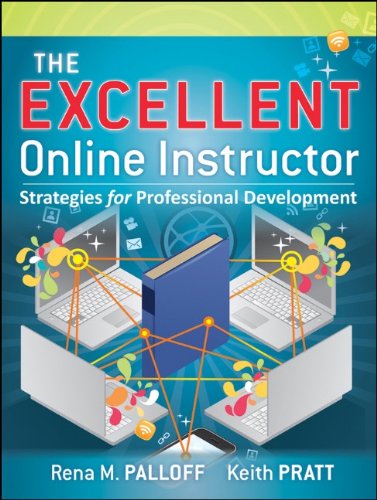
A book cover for The Excellent Online Instructor: Strategies for Professional Development; Rena M. Palloff; Education & Teaching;